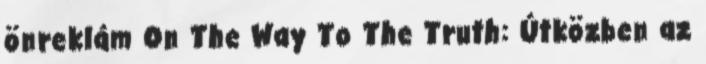
önreklám On The Way To The Truth: Útközben az